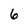
Character: 6